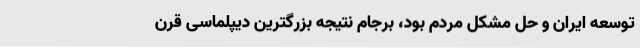
توسعه ایران و حل مشکل مردم بود، برجام نتیجه بزرگترین دیپلماسی قرن